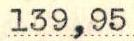
139,95